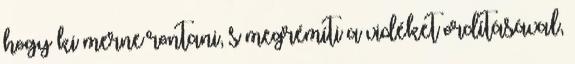
hogy ki merne rontani, s megrémíti a vidéket ordításával,